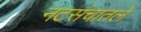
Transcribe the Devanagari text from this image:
नटसंचातले